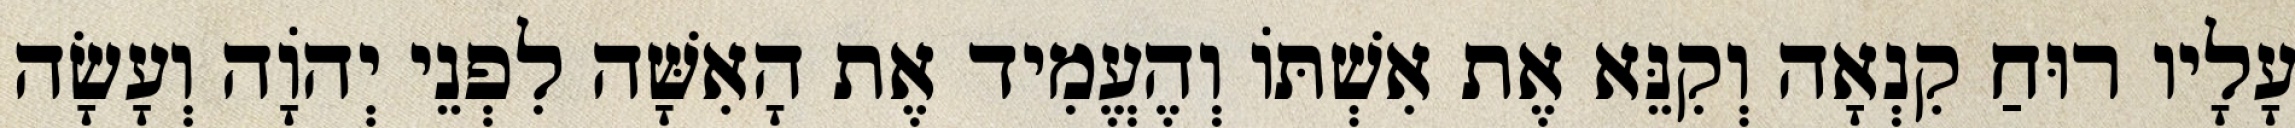
עָלָיו רוּחַ קִנְאָה וְקִנֵּא אֶת אִשְׁתּוֹ וְהֶעֱמִיד אֶת הָאִשָּׁה לִפְנֵי יְהֹוָה וְעָשָׂה